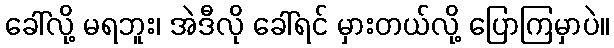
ခေါ်လို့ မရဘူး၊ အဲဒီလို ခေါ်ရင် မှားတယ်လို့ ပြောကြမှာပဲ။